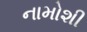
નામોશી